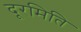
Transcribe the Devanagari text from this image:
दूरमिति